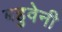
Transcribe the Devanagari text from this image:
बहुवेनी